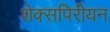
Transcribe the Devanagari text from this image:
शेक्सपिरीयन